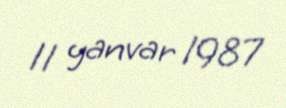
11 yanvar 1987